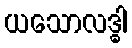
ယသောလဒ္ဓါ